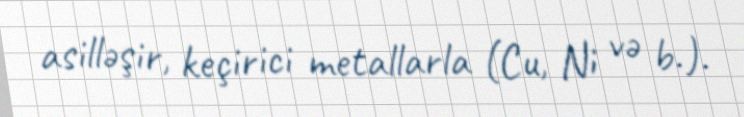
asilləşir, keçirici metallarla (Cu, Ni və b.).